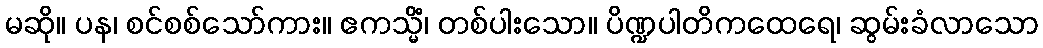
မဆို။ ပန၊ စင်စစ်သော်ကား။ ဧကသ္မိံ၊ တစ်ပါးသော။ ပိဏ္ဍပါတိကထေရေ၊ ဆွမ်းခံလာသော